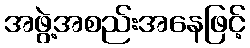
အဖွဲ့အစည်းအနေဖြင့်